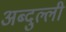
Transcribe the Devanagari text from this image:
अब्दुल्ली